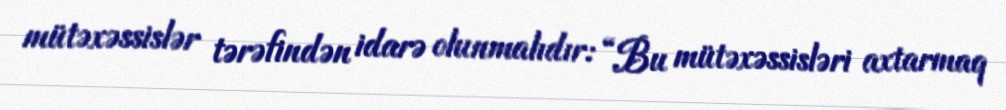
mütəxəssislər tərəfindən idarə olunmalıdır: “Bu mütəxəssisləri axtarmaq